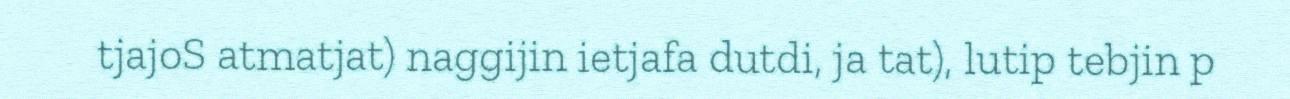
tjajoS atmatjat) naggijin ietjafa dutdi, ja tat), lutip tebjin p